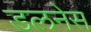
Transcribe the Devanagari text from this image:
डलनेस